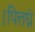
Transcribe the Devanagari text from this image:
।पित्तघ्नं